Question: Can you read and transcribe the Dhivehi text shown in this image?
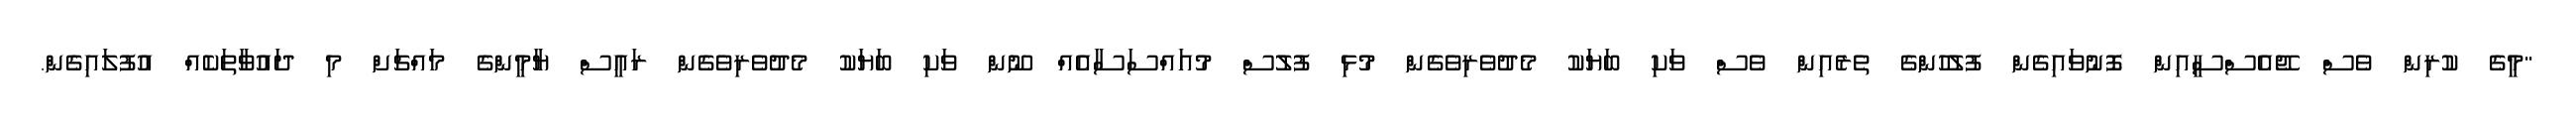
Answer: "މީގެ ކުރިން ވެސް ޖޭއެސްސީއިން ފޮނުވައިގެން ފުލުހުންގެ ތެރެއިން ވެސް ވަކި ބަޔަކު މެދުވެރިވެގެން މުޅި ފުލުސް މުއައްސަސާއެއް ނޫން ވަކި ބަޔަކު މެދުވެރިވެގެން ރައީސް ޔާމީންގެ މައްޗަށް މި ދައުވާތަކެއް އުފުލައިގެން.